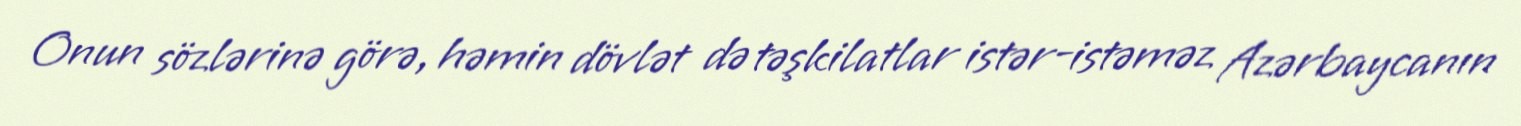
Onun sözlərinə görə, həmin dövlət də təşkilatlar istər-istəməz Azərbaycanın